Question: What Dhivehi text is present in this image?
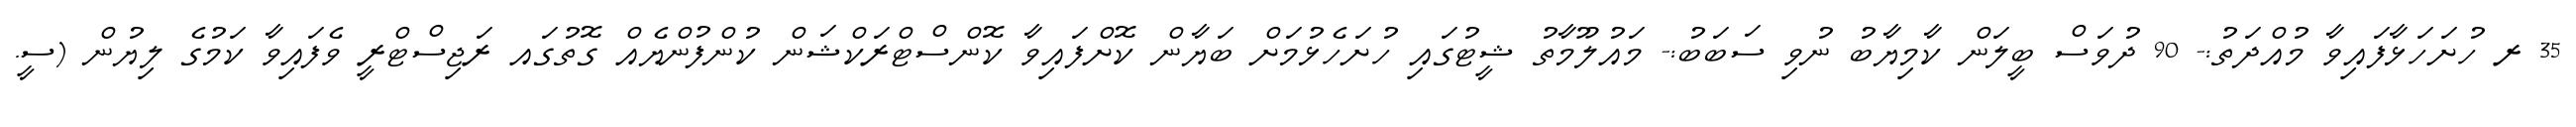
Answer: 35 ރ ހުށަހަޅާފައިވާ މުއްދަތު:- 90 ދުވަސް ބީލަން ކާމިޔާބު ނުވި ސަބަބު:- މައުލޫމާތު ޝީޓުގައި ހުށަހެޅުމަށް ބަޔާން ކޮށްފައިވާ ކޮންސްޓްރަކްޝަން ކުންފުންޔެއް ގޮތުގައ ރަޖިސްޓްރީ ވެފައިވާ ކަމުގެ ލިޔުން (ސީ.